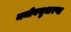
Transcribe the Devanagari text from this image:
जमीनसुधारणा